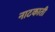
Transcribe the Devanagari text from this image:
नाटकाती